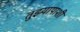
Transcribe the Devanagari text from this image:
तुझ्यापाशी